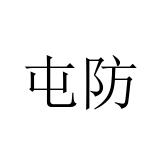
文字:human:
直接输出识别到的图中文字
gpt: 屯防